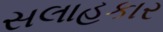
સલાહકાર